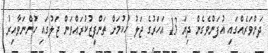
ދަންވަރެއްގައި އުފަންވެގެން ދިޔަ 13 އަހަރުގެ ޖަލު ހުކުމަށް ތަންފީޒުކުރައްވަން ޖަލުގައި ހުންނަވާއިރު